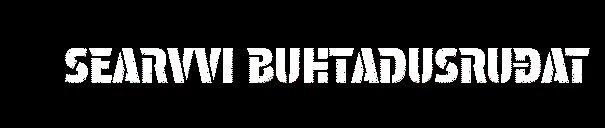
SEARVVI BUHTADUSRUĐAT